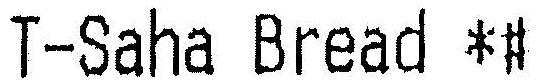
T-SAHA BREAD *#